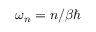
\omega _ { n } = n / \beta \hbar